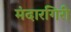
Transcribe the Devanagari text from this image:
मंदारगिरी